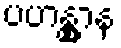
ပဟန္တွာန